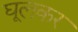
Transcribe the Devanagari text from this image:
घूलकर